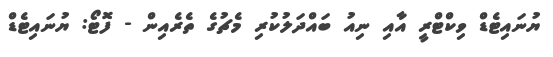
ޔުނައިޓެޑް ވިކްޓްރީ އާއި ނިއު ބައްދަލުކުރި މެޗުގެ ތެރެއިން - ފޮޓޯ: ޔުނައިޓެޑް